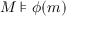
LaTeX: M \models \phi ( m )